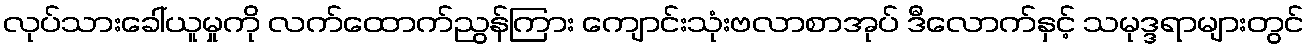
လုပ်သားခေါ်ယူမှုကို လက်ထောက်ညွန်ကြား ကျောင်းသုံးဗလာစာအုပ် ဒီလောက်နှင့် သမုဒ္ဒရာများတွင်